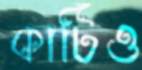
কাটিও